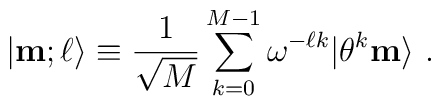
|{\bf m};\ell\rangle\equiv{1\over \sqrt{M}} \sum_{k=0}^{M-1}  \omega^{-\ell k}|\theta^k{\bf m}\rangle~.